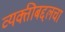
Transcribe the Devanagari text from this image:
व्यक्तीबद्दलचा